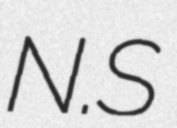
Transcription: N.S